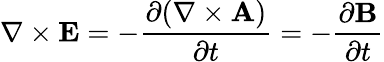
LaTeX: \nabla\times\mathbf{E}=-{\frac{\partial(\nabla\times\mathbf{A})}{\partial t}}=-{\frac{\partial\mathbf{B}}{\partial t}}